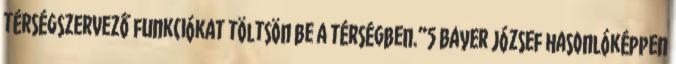
térségszervező funkciókat töltsön be a térségben.”5 Bayer József hasonlóképpen